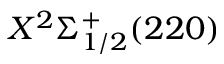
X ^ { 2 } \Sigma _ { 1 / 2 } ^ { + } ( 2 2 0 )